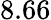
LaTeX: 8.66